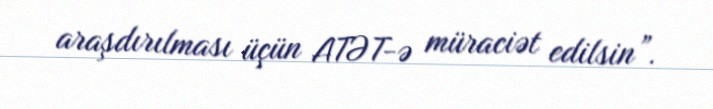
araşdırılması üçün ATƏT-ə müraciət edilsin”.